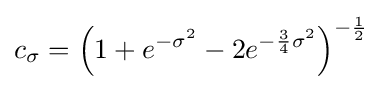
c_{\sigma }=\left(1+e^{-\sigma ^{2}}-2e^{-{\frac {3}{4}}\sigma ^{2}}\right)^{-{\frac {1}{2}}}